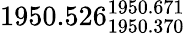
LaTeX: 1950.526_{1950.370}^{1950.671}